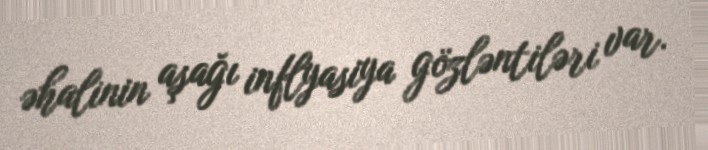
əhalinin aşağı inflyasiya gözləntiləri var.